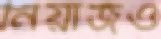
নিয়াজও